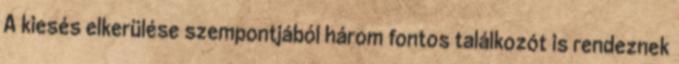
A kiesés elkerülése szempontjából három fontos találkozót is rendeznek